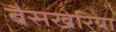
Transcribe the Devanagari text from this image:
बैसखेरिया